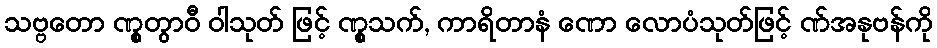
သဗ္ဗတော ဏွုတွာဝီ ဝါသုတ် ဖြင့် ဏွုသက်, ကာရိတာနံ ဏော လောပံသုတ်ဖြင့် ဏ်အနုဗန်ကို